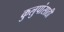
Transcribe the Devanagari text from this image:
कुलुपांसाठी